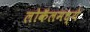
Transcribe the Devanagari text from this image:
लोकॅलमध्ये